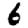
Digit: 6